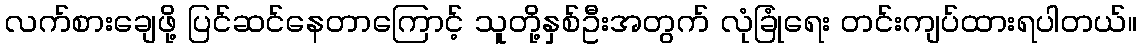
လက်စားချေဖို့ ပြင်ဆင်နေတာကြောင့် သူတို့နှစ်ဦးအတွက် လုံခြုံရေး တင်းကျပ်ထားရပါတယ်။